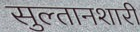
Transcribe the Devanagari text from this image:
सुल्तानशारी